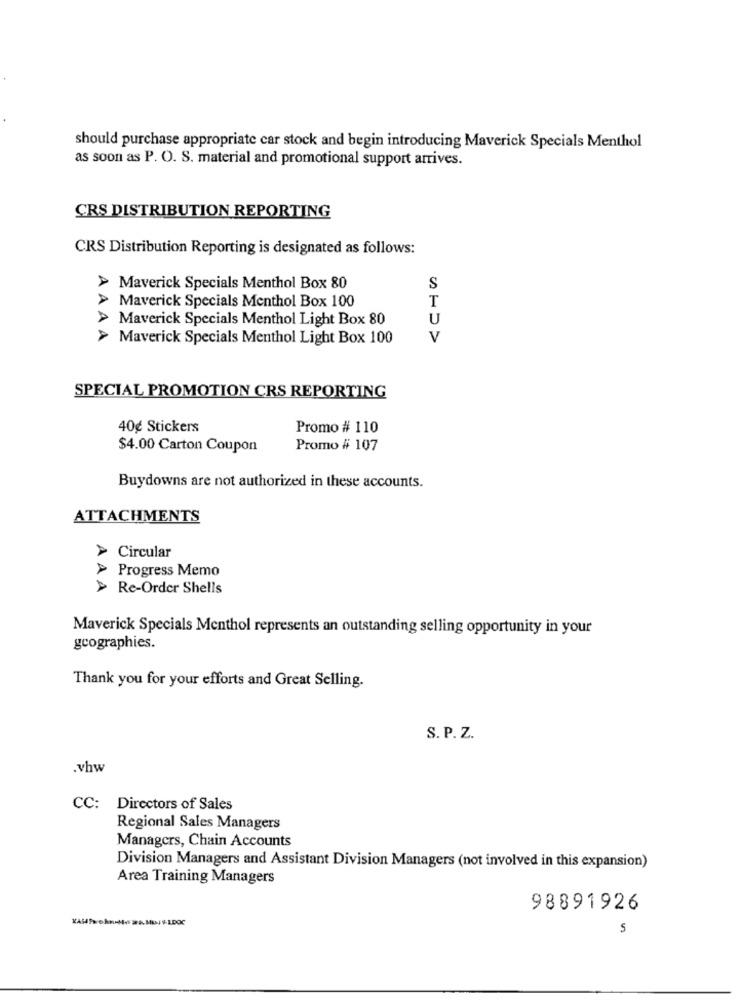
should purchase appropriate car stock and begin introducing Maverick Specials Menthol
as soon as P. O. S. material and promotional support arrives.
CRS DISTRIBUTION REPORTING
CRS Distribution Reporting is designated as follows:
> Maverick Specials Menthol Box 80
S
> Maverick Specials Menthol Box 100
T
>Maverick Specials Menthol Light Box 80
U
> Maverick Specials Menthol Light Box 100
AAAA
V
SPECIAL PROMOTION CRS REPORTING
40¢ Stickers
Promo # 110
$4.00 Carton Coupon
Promo # 107
Buydowns are not authorized in these accounts.
ATTACHMENTS
Circular
Progress Memo
> Re-Order Shells
AAA
Maverick Specials Menthol represents an outstanding selling opportunity in your
geographies.
Thank you for your efforts and Great Selling.
S. P. Z.
.vhw
CC: Directors of Sales
Regional Sales Managers
Managers, Chain Accounts
Division Managers and Assistant Division Managers (not involved in this expansion)
Area Training Managers
98891926
S